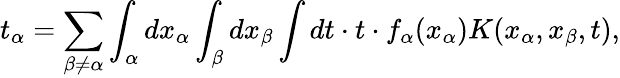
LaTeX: t_{\alpha}=\sum_{\beta\neq\alpha}\int_{\alpha}dx_{\alpha}\int_{\beta}dx_{\beta}\int dt\cdot t\cdot f_{\alpha}(x_{\alpha})K(x_{\alpha},x_{\beta},t),